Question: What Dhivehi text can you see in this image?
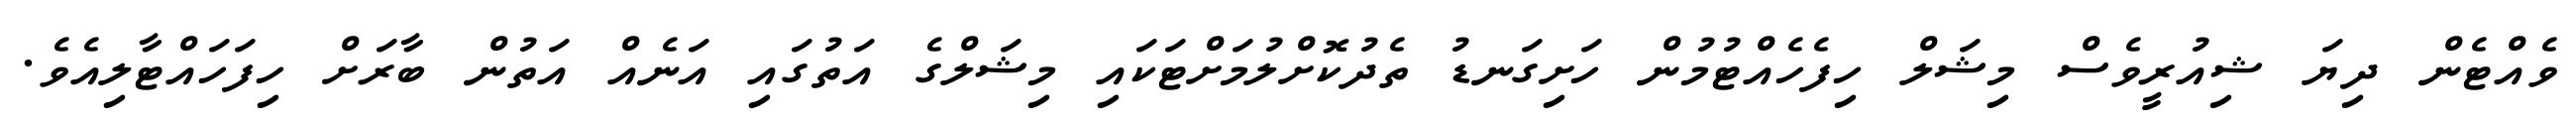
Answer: ވެއްޓެން ދިޔަ ޝިއުރީވެސް މިޝަލް ހިފެހެއްޓުމުން ހަށިގަނޑު ތެދުކޮށްލުމަށްޓަކައި މިޝަލްގެ އަތުގައި އަނެއް އަތުން ބާރަށް ހިފަހައްޓާލިއެވެ.